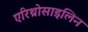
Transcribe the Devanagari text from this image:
एरिथ्रोसाइलिन